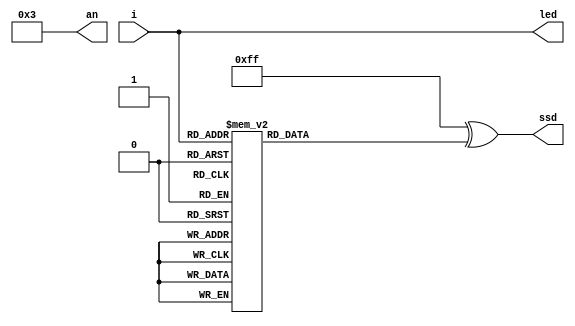
`timescale 1ns / 1ps

`define A  0
`define B  1
`define C  2
`define D  3
`define E  4
`define F  5
`define G  6
`define DP 7

module sevenSegment (
input wire [3:0]i,
output wire [3:0]led,
output wire [7:0]ssd,
output wire [3:0]an
);
reg [7:0] SSD;
assign led[3:0] = i[3:0];
assign an[3:0] = 4'b0011; //to check 1/0 trigger
assign ssd = 8'b1111_1111 ^ SSD[7:0];
always @(*) begin
    case (i)
        4'b0000:begin //0
            SSD[`A] =  1;
            SSD[`B] =  1;
            SSD[`C] =  1;
            SSD[`D] =  1;
            SSD[`E] =  1;
            SSD[`F] =  1;
            SSD[`G] =  0;
            SSD[`DP] = 0;
        end

        4'b0001:begin //1
            SSD[`A] =  0;
            SSD[`B] =  1;
            SSD[`C] =  1;
            SSD[`D] =  0;
            SSD[`E] =  0;
            SSD[`F] =  0;
            SSD[`G] =  0;
            SSD[`DP] = 0;
        end
        4'b0010:begin //2
            SSD[`A] =  1;
            SSD[`B] =  1;
            SSD[`C] =  0;
            SSD[`D] =  1;
            SSD[`E] =  1;
            SSD[`F] =  0;
            SSD[`G] =  1;
            SSD[`DP] = 0;
        end
        4'b0011:begin //3
            SSD[`A] =  1;
            SSD[`B] =  1;
            SSD[`C] =  1;
            SSD[`D] =  1;
            SSD[`E] =  0;
            SSD[`F] =  0;
            SSD[`G] =  1;
            SSD[`DP] = 0;
        end
        4'b0100:begin //4
            SSD[`A] =  0;
            SSD[`B] =  1;
            SSD[`C] =  1;
            SSD[`D] =  0;
            SSD[`E] =  0;
            SSD[`F] =  1;
            SSD[`G] =  1;
            SSD[`DP] = 0;
        end
        4'b0101:begin //5
            SSD[`A] =  1;
            SSD[`B] =  0;
            SSD[`C] =  1;
            SSD[`D] =  1;
            SSD[`E] =  0;
            SSD[`F] =  1;
            SSD[`G] =  1;
            SSD[`DP] = 0;
        end
        4'b0110:begin //6
            SSD[`A] =  1;
            SSD[`B] =  0;
            SSD[`C] =  1;
            SSD[`D] =  1;
            SSD[`E] =  1;
            SSD[`F] =  1;
            SSD[`G] =  1;
            SSD[`DP] = 0;
        end
        4'b0111:begin //7
            SSD[`A] =  1;
            SSD[`B] =  1;
            SSD[`C] =  1;
            SSD[`D] =  0;
            SSD[`E] =  0;
            SSD[`F] =  0;
            SSD[`G] =  0;
            SSD[`DP] = 0;
        end
        4'b1000:begin //8
            SSD[`A] =  1;
            SSD[`B] =  1;
            SSD[`C] =  1;
            SSD[`D] =  1;
            SSD[`E] =  1;
            SSD[`F] =  1;
            SSD[`G] =  1;
            SSD[`DP] = 0;
        end
        4'b1001:begin //9
            SSD[`A] =  1;
            SSD[`B] =  1;
            SSD[`C] =  1;
            SSD[`D] =  1;
            SSD[`E] =  0;
            SSD[`F] =  1;
            SSD[`G] =  1;
            SSD[`DP] = 0;
        end
        4'b1010:begin //A(10)
            SSD[`A] =  1;
            SSD[`B] =  1;
            SSD[`C] =  1;
            SSD[`D] =  0;
            SSD[`E] =  1;
            SSD[`F] =  1;
            SSD[`G] =  1;
            SSD[`DP] = 0;
        end
        4'b1011:begin //B(11)
            SSD[`A] =  0;
            SSD[`B] =  0;
            SSD[`C] =  1;
            SSD[`D] =  1;
            SSD[`E] =  1;
            SSD[`F] =  1;
            SSD[`G] =  1;
            SSD[`DP] = 0;
        end
        4'b1100:begin //C(12)
            SSD[`A] =  1;
            SSD[`B] =  0;
            SSD[`C] =  0;
            SSD[`D] =  1;
            SSD[`E] =  1;
            SSD[`F] =  1;
            SSD[`G] =  0;
            SSD[`DP] = 0;
        end
        4'b1101:begin //D(13)
            SSD[`A] =  0;
            SSD[`B] =  1;
            SSD[`C] =  1;
            SSD[`D] =  1;
            SSD[`E] =  1;
            SSD[`F] =  0;
            SSD[`G] =  1;
            SSD[`DP] = 0;
        end
        4'b1110:begin //E(14)
            SSD[`A] =  1;
            SSD[`B] =  0;
            SSD[`C] =  0;
            SSD[`D] =  1;
            SSD[`E] =  1;
            SSD[`F] =  1;
            SSD[`G] =  1;
            SSD[`DP] = 0;
        end
        default:begin //F(15)
            SSD[`A] =  1;
            SSD[`B] =  0;
            SSD[`C] =  0;
            SSD[`D] =  0;
            SSD[`E] =  1;
            SSD[`F] =  1;
            SSD[`G] =  1;
            SSD[`DP] = 0;
        end
    endcase
end

endmodule